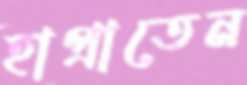
হাপ্‌রাতেন